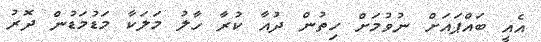
އެއީ ބައްޕައަށް ނުވުމަށް ހިތުން ދުއާ ކުރާ ހާލު މަލަކާ މަޑުމަޑުން ދޮރު